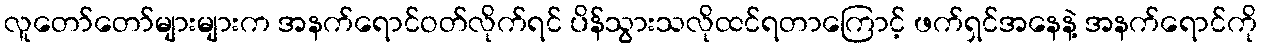
လူတော်တော်များများက အနက်ရောင်ဝတ်လိုက်ရင် ပိန်သွားသလိုထင်ရတာကြောင့် ဖက်ရှင်အနေနဲ့ အနက်ရောင်ကို